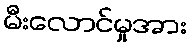
မီးလောင်မှုအား